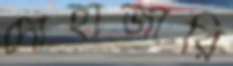
দোহাজারি